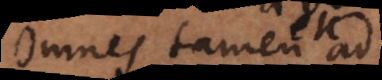
Omnes tamen ad